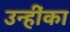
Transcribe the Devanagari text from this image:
उन्हींका